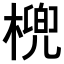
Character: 𣘛